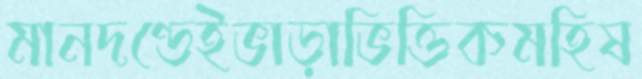
মানদণ্ডেইভাড়াভিত্তিকমহিষ